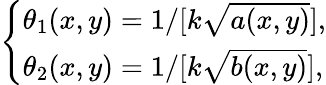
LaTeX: \left\{ \begin{array}{ll}{\theta_{1}(x,y)=1/[{k\sqrt{a(x,y)}}],}\\ {\theta_{2}(x,y)=1/[{k\sqrt{b(x,y)}}],}\end{array}\right.